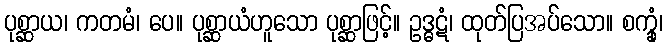
ပုစ္ဆာယ၊ ကတမံ၊ ပေ။ ပုစ္ဆာယံဟူသော ပုစ္ဆာဖြင့်။ ဥဒ္ဓဋံ၊ ထုတ်ပြအပ်သော။ စက္ခုံ၊